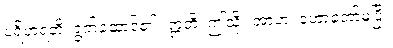
ပရိဟရတိ၊ ရွက်ဆောင်၏။ ဣတိ၊ ဤသို့။ အာဟ၊ ဟောတော်မူပြီ။